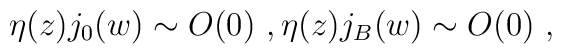
\eta (z)j_0(w)\sim O(0) \ , \eta(z)j_B(w) \sim O(0) \ ,